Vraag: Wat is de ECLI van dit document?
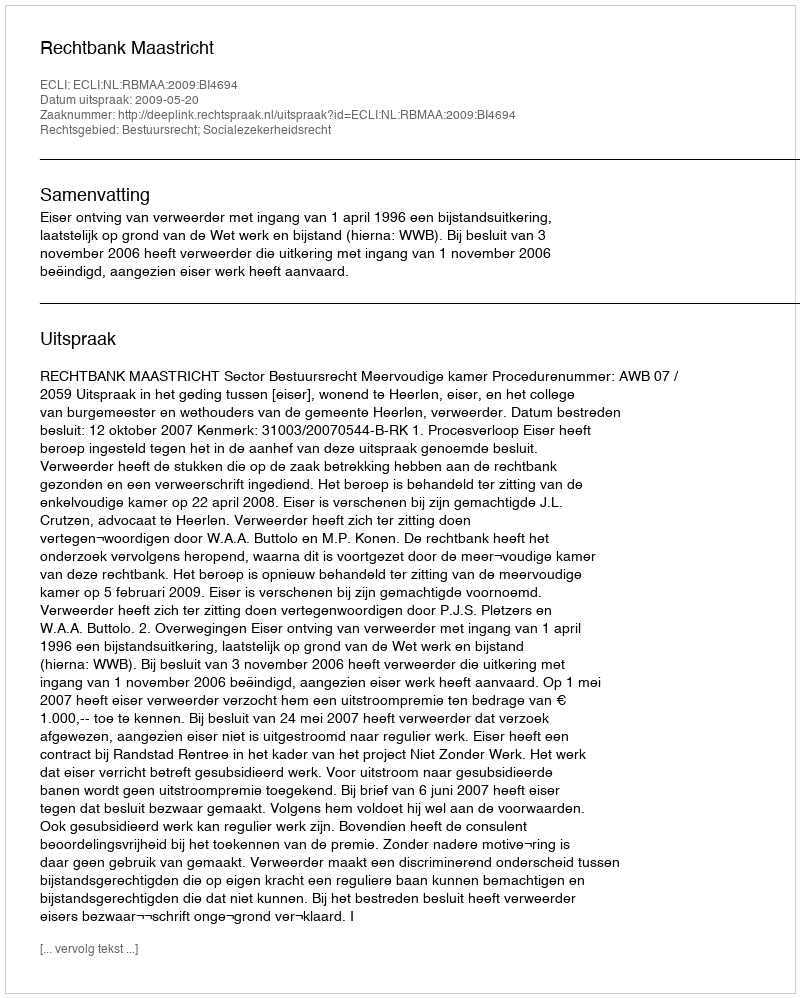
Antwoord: ECLI:NL:RBMAA:2009:BI4694